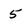
Character: 5